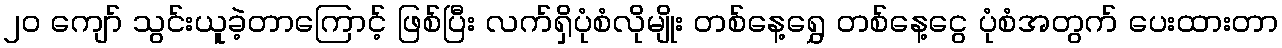
၂၀ ကျော် သွင်းယူခဲ့တာကြောင့် ဖြစ်ပြီး လက်ရှိပုံစံလိုမျိုး တစ်နေ့ရွှေ တစ်နေ့ငွေ ပုံစံအတွက် ပေးထားတာ